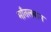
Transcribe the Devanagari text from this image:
मॉंतलबान